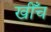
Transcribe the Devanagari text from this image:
खीँच